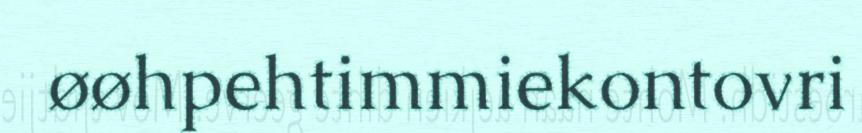
øøhpehtimmiekontovri